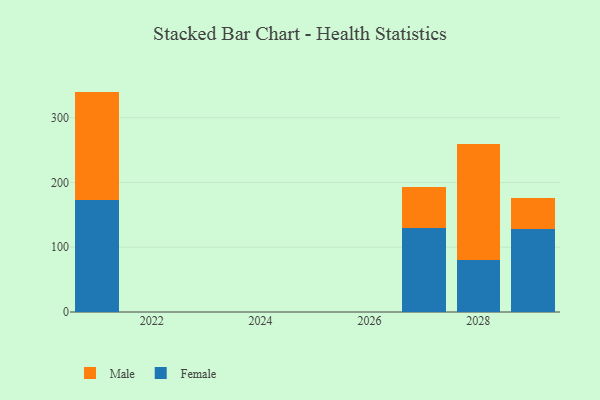
{"axis": {"x": "Year", "y": "Churn Rate (%)"}, "legend": ["Female", "Male"], "data": [{"x": "2029", "y": 128.8, "type": "Female"}, {"x": "2029", "y": 46.6, "type": "Male"}, {"x": "2028", "y": 80.1, "type": "Female"}, {"x": "2028", "y": 178.8, "type": "Male"}, {"x": "2021", "y": 172.8, "type": "Female"}, {"x": "2021", "y": 167.5, "type": "Male"}, {"x": "2027", "y": 129.2, "type": "Female"}, {"x": "2027", "y": 63.3, "type": "Male"}]}